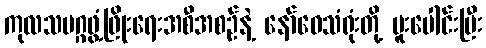
ကုလသမဂ္ဂဖွံ့ဖြိုးရေးအစီအစဉ်နဲ့ နော်ဝေသံရုံးတို့ ပူးပေါင်းပြီး